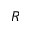
\boldsymbol { R }